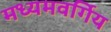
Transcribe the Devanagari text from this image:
मध्यमवर्गिय